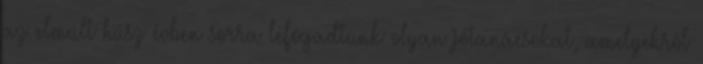
az elmúlt húsz évben sorra lefogadtunk olyan jótanácsokat, amelyekről